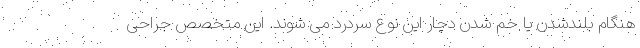
هنگام بلندشدن یا خم شدن دچار این نوع سردرد می شوند. این متخصص جراحی